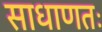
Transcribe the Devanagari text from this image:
साधाणतः